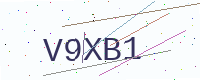
Text: V9XB1